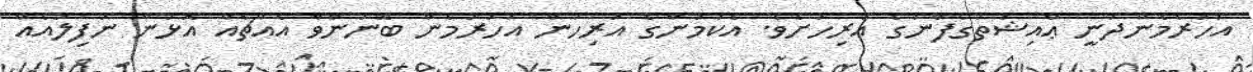
އަހަރެމެންދަނީ ޢާއިޝަތުގެފާނުގެ އަރިހަށެވެ. އެކަމަނާގެ އަރިހުން އަހަރުމެން ބޭނުންވާ އެއްޗެއް އޮޅުން ނުފިލައެއް